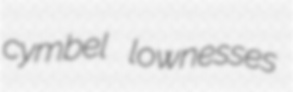
cymbel lownesses